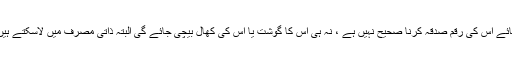
تیسری بات : قربانی کا جانور ذبح کرنے کی بجائے اس کی رقم صدقہ کرنا صحیح نہیں ہے ، نہ ہی اس کا گوشت یا اس کی کھال بیچی جائے گی البتہ ذاتی مصرف میں لاسکتے ہیں ،فقیرومسکین ہدیہ میں ملا گوشت بیچ سکتاہے۔